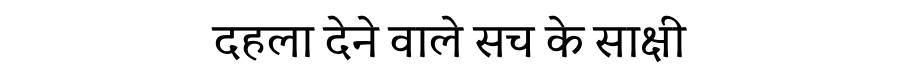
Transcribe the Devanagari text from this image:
दहला देने वाले सच के साक्षी